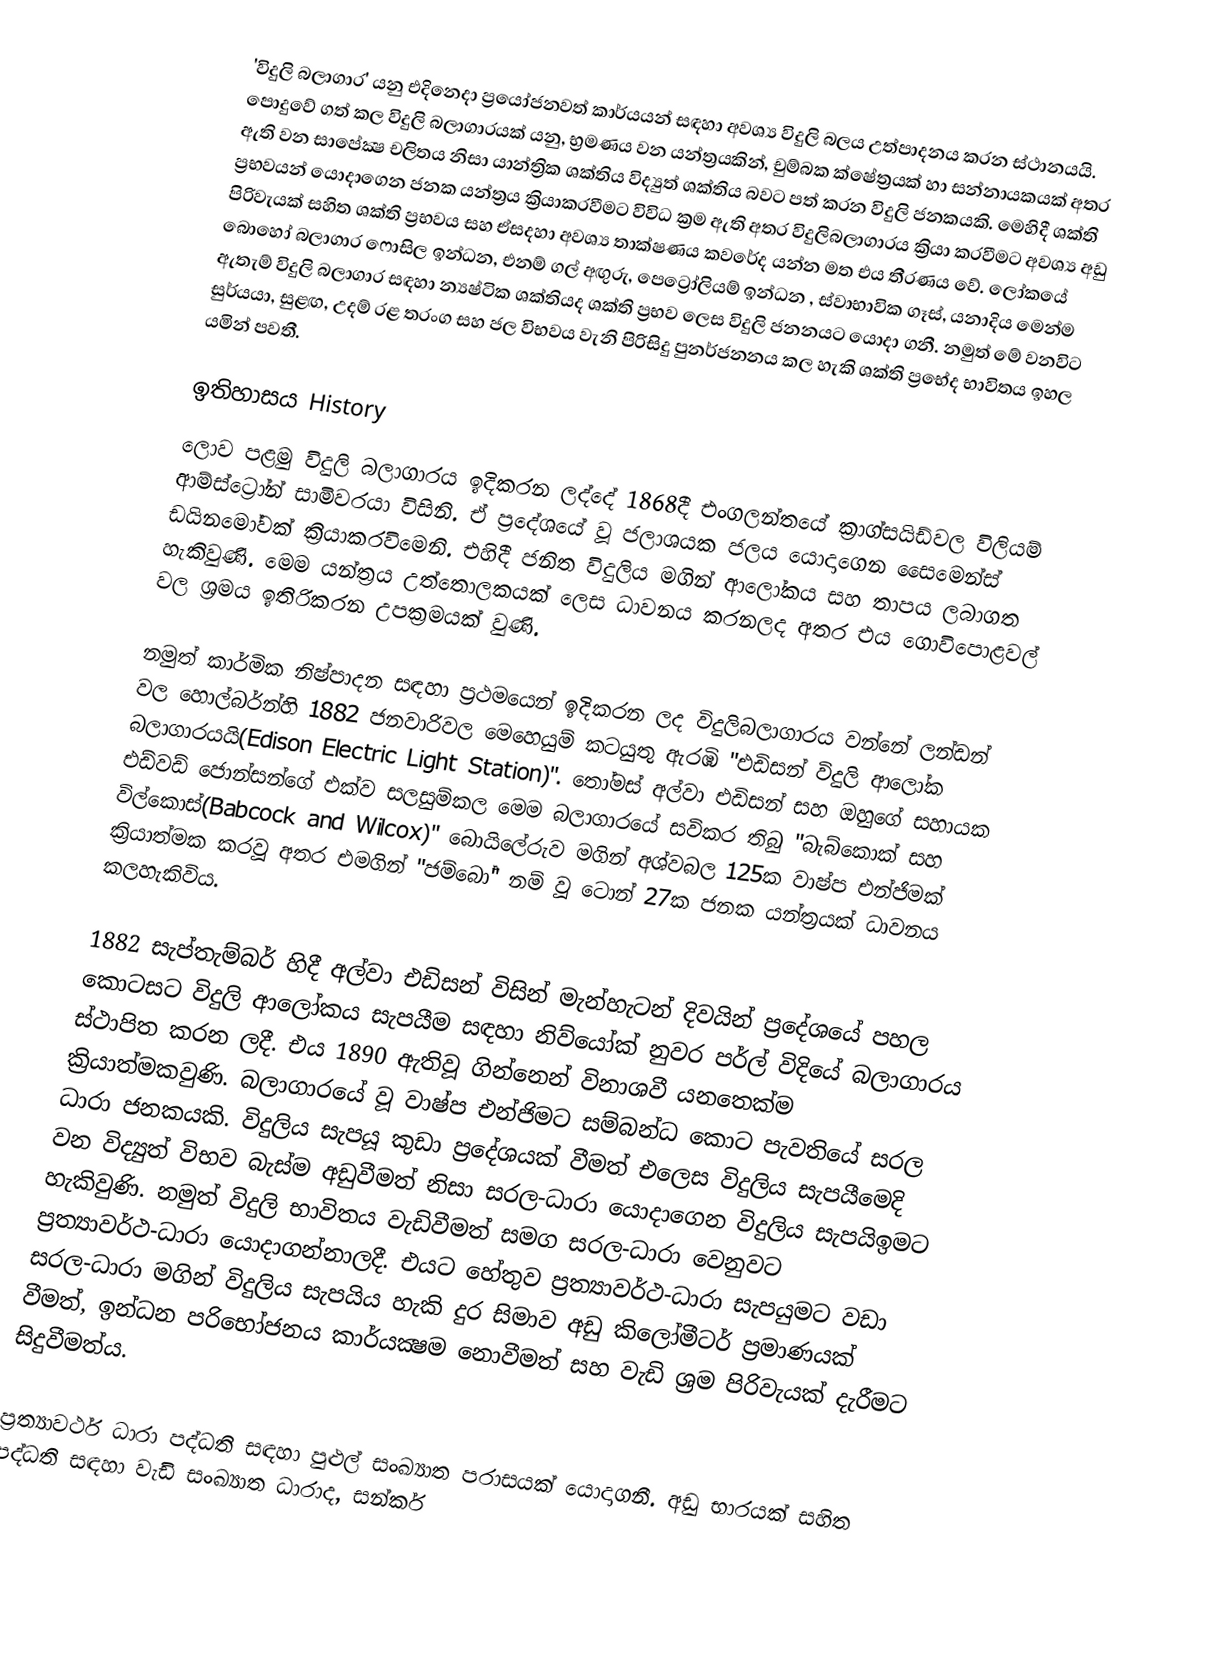
'විදුලි බලාගාර' යනු එදිනෙදා ප්‍රයෝජනවත් කාර්යයන් සඳහා අවශ්‍ය විදුලි බලය උත්පාදනය කරන  ස්ථානයයි. පොදුවේ ගත් කල විදුලි බලාගාරයක් යනු, භ්‍රමණය වන යන්ත්‍රයකින්, චුම්බක ක්ෂේත්‍රයක් හා සන්නායකයක් අතර ඇති වන සාපේක්‍ෂ චලිතය නිසා යාන්ත්‍රික ශක්තිය විද්‍යුත් ශක්තිය බවට පත් කරන විදුලි ජනකයකි. මෙහිදී ශක්ති ප්‍රභවයන් යොදාගෙන ජනක යන්ත්‍රය ක්‍රියාකරවීමට විවිධ ක්‍රම ඇති අතර විදුලිබලාගාරය ක්‍රියා කරවීමට අවශ්‍ය අඩු පිරිවැයක් සහිත ශක්ති ප්‍රභවය සහ ඒසදහා අවශ්‍ය තාක්ෂණය කවරේද යන්න මත එය තීරණය වේ. ලෝකයේ බොහෝ බලාගාර ෆොසිල ඉන්ධන, එනම් ගල් අඟුරු, පෙට්‍රෝලියම් ඉන්ධන , ස්වාභාවික ගෑස්, යනාදිය මෙන්ම ඇතැම් විදුලි බලාගාර සඳහා න්‍යෂ්ටික ශක්තියද ශක්ති ප්‍රභව ලෙස විදුලි ජනනයට යොදා ගනී. නමුත් මේ වනවිට සුර්යයා, සුළඟ,  උදම් රළ තරංග සහ ජල විභවය වැනි පිරිසිදු පුනර්ජනනය කල හැකි ශක්ති ප්‍රභේද භාවිතය ඉහල යමින් පවතී.

ඉතිහාසය History
ලොව පළමු විදුලි බලාගාරය ඉදිකරන ලද්දේ  1868දී එංගලන්තයේ ක්‍රාග්සයිඩ්වල විලියම් ආම්ස්ට්‍රෝන් සාමිවරයා විසිනි. ඒ ප්‍රදේශයේ වූ ජලාශයක ජලය යොදාගෙන  සෛමෙන්ස්  ඩයිනමෝවක් ක්‍රියාකරවිමෙනි. එහිදී ජනිත විදුලිය මගින් ආලෝකය සහ තාපය ලබාගත හැකිවුණි. මෙම යන්ත්‍රය උත්තොලකයක් ලෙස ධාවනය කරනලද අතර එය ගොවිපොළවල් වල ශ්‍රමය ඉතිරිකරන උපක්‍රමයක් වුණි.

නමුත් කාර්මික නිෂ්පාදන සඳහා ප්‍රථමයෙන් ඉදිකරන ලද විදුලිබලාගාරය වන්නේ ලන්ඩන් වල හොල්බර්න්හි 1882 ජනවාරිවල මෙහෙයුම් කටයුතු ඇරඹි "එඩිසන් විදුලි ආලෝක බලාගාරයයි(Edison Electric Light Station)". තෝමස් අල්වා එඩිසන් සහ ඔහුගේ සහායක එඩ්වඩ් ජොන්සන්ගේ එක්ව සලසුම්කල මෙම බලාගාරයේ සවිකර තිබු "බැබ්කොක් සහ විල්කොස්(Babcock and Wilcox)" බොයිලේරුව මගින් අශ්වබල 125ක වාෂ්ප එන්ජිමක් ක්‍රියාත්මක කරවූ අතර එමගින් "ජම්බෝ" නම් වූ ටොන් 27ක ජනක යන්ත්‍රයක් ධාවනය කලහැකිවිය.

1882 සැප්තැම්බර් හිදී අල්වා එඩිසන් විසින් මැන්හැටන් දිවයින් ප්‍රදේශයේ පහල කොටසට විදුලි ආලෝකය සැපයීම සඳහා නිව්යෝක් නුවර පර්ල් විදියේ බලාගාරය ස්ථාපිත කරන ලදී. එය 1890 ඇතිවූ ගින්නෙන් විනාශවී යනතෙක්ම ක්‍රියාත්මකවුණි. බලාගාරයේ වූ වාෂ්ප එන්ජිමට සම්බන්ධ කොට පැවතියේ සරල ධාරා ජනකයකි. විදුලිය සැපයූ කුඩා ප්‍රදේශයක් වීමත් එලෙස විදුලිය සැපයීමෙදි වන විද්‍යුත් විභව බැස්ම අඩුවීමත් නිසා සරල-ධාරා යොදාගෙන විදුලිය සැපයිඉමට හැකිවුණි. නමුත් විදුලි භාවිතය වැඩිවීමත් සමග සරල-ධාරා වෙනුවට ප්‍රත්‍යාවර්ථ-ධාරා යොදාගන්නාලදී. එයට හේතුව ප්‍රත්‍යාවර්ථ-ධාරා සැපයුමට වඩා සරල-ධාරා මගින් විදුලිය සැපයිය හැකි දුර සිමාව අඩු කිලෝමීටර් ප්‍රමාණයක් වීමත්, ඉන්ධන පරිභෝජනය කාර්යක්‍ෂම නොවීමත් සහ වැඩි ශ්‍රම පිරිවැයක් දැරීමට සිදුවීමත්ය.

ප්‍රත්‍යාවර්ථ ධාරා පද්ධති සඳහා පුළුල් සංඛ්‍යාත පරාසයක් යොදාගනී. අඩු භාරයක් සහිත පද්ධති සඳහා වැඩි සංඛ්‍යාත ධාරාද, සන්කර්